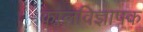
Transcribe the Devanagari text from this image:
कालविज्ञापक